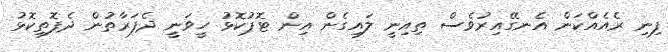
ފިނި ރެއެއްކަން އެނގޭއިރުވެސް ތިއިނީ ލައިގެން އިން ޓޮޕުކޮޅު ހީވަނީ ދެފަރާތުން ދެފޮތިކޮޅު